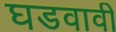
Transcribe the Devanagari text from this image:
घडवावी